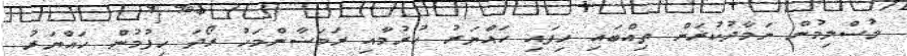
މުސްލިމުން ނަމާދުކުރަން ތިއްބައި ހިފައި ހައްޔަރު ކުރުމާއި ރަމަޟާންމަހު ރޯދަ ހިފުމުން ހައްޔަރު